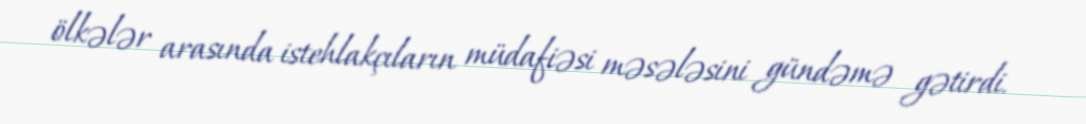
ölkələr arasında istehlakçıların müdafiəsi məsələsini gündəmə gətirdi.